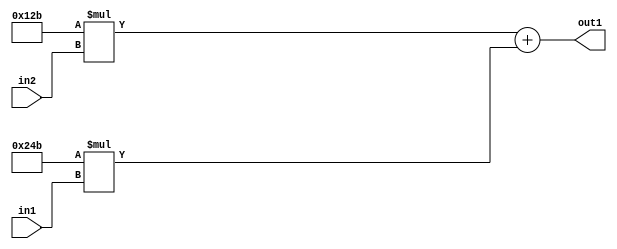
`timescale 1ps / 1ps
/*****************************************************************************
    Verilog RTL Description
    
    
    Created by: Stratus DpOpt 2019.1.01 
*******************************************************************************/

module ColorTransform_Add2Mul2iLLu8Mul2i299u8_1 (
	in2,
	in1,
	out1
	); /* architecture "behavioural" */ 
input [7:0] in2,
	in1;
output [18:0] out1;
wire [18:0] asc001;

wire [18:0] asc001_tmp_0;
assign asc001_tmp_0 = 
	+(19'B0000000000100101011 * in2);
assign asc001 = asc001_tmp_0
	+(19'B0000000001001001011 * in1);

assign out1 = asc001;
endmodule

/* CADENCE  uLX0TA0= : u9/ySgnWtBlWxVPRXgAZ4Og= ** DO NOT EDIT THIS LINE ******/